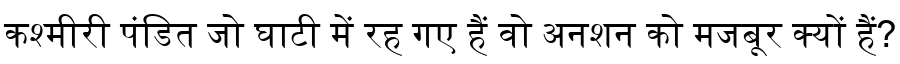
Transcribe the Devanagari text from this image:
कश्मीरी पंडित जो घाटी में रह गए हैं वो अनशन को मजबूर क्यों हैं?